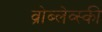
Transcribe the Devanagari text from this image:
व्रोब्लेव्स्की